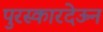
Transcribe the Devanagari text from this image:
पुरस्कारदेऊन